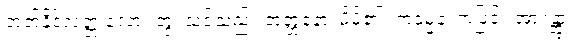
တတ်နိုင်လတ္တံ့လော။ တွံ၊ သင်သည်။ အတ္တနော၊ မိမိ၏။ ကမ္မေန၊ ကံဖြင့်။ အာဂန္တွာ၊